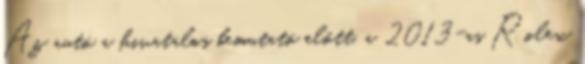
Az autó a hivatalos bemutató előtt, a 2013-as Rolex